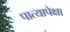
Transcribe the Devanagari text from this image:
पात्यापेक्षा